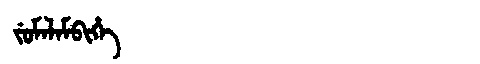
Manchu: ᠵᡠᠮᠠᠯᠠᠮᠪᡳᡥᡝ
Romanization: JUMALAMBIHE